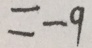
= - 9